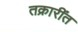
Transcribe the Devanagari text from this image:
तक्रारींत